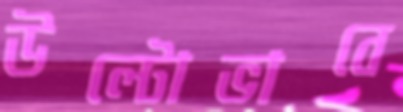
উল্টোভাবে